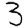
Digit: 3